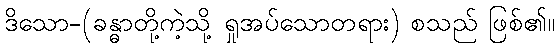
ဒိသော-(ခန္ဓာတို့ကဲ့သို့ ရှုအပ်သောတရား) စသည် ဖြစ်၏။